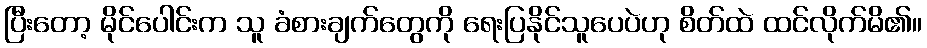
ပြီးတော့ မိုင်ပေါင်းက သူ ခံစားချက်တွေကို ရေးပြနိုင်သူပေပဲဟု စိတ်ထဲ ထင်လိုက်မိ၏။